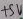
Text: +5V